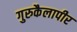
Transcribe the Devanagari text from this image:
गुरुकैलापीर